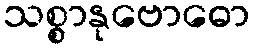
သစ္စာနုဗောဓော